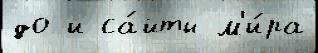
до и са́йты м'и́ра